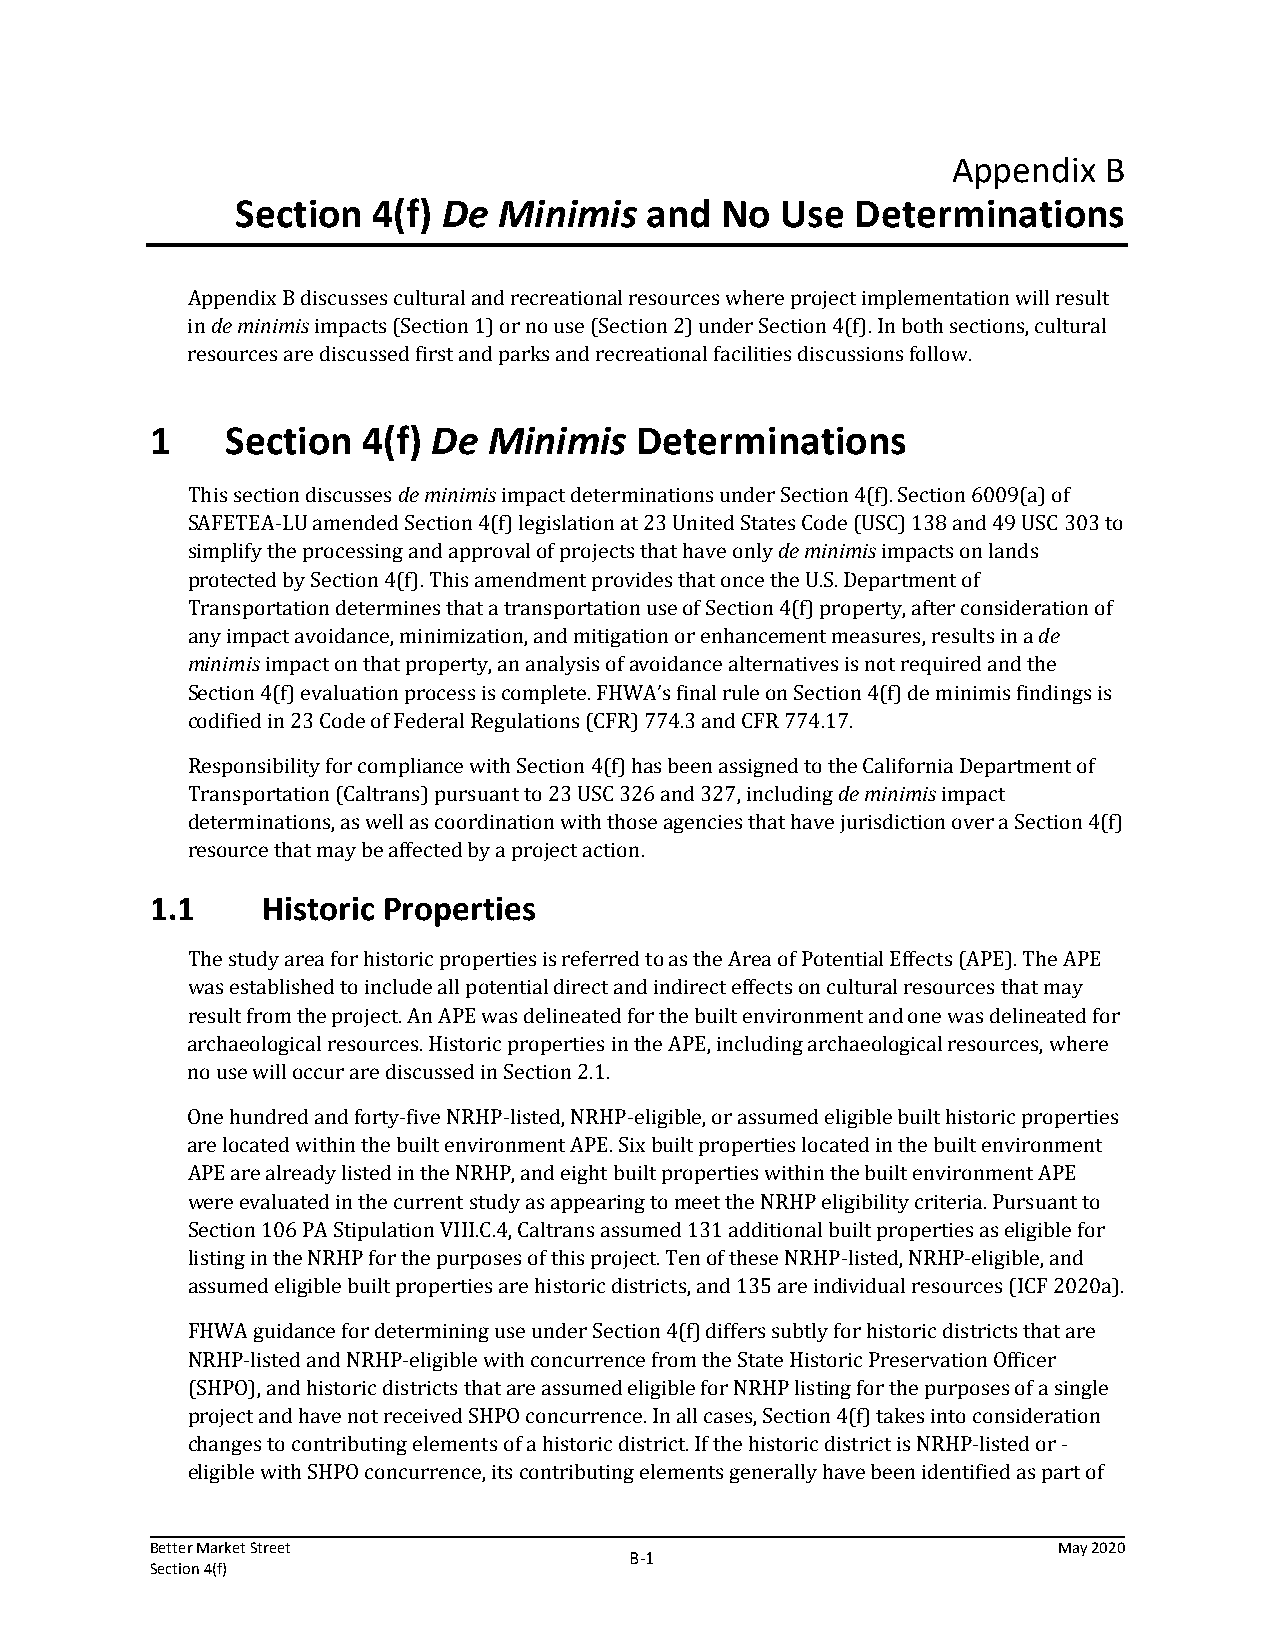
Appendix  B
 Section  4(f) De Minimis   and  No  Use  Determinations
 Appendix B discusses cultural and recreational resources where project implementation will result
 in de minimis impacts (Section 1) or no use (Section 2) under Section 4(f). In both sections, cultural
 resources are discussed first and parks and recreational facilities discussions follow.
 1    Section  4(f) De Minimis   Determinations
 This section discusses de minimis impact determinations under Section 4(f). Section 6009(a) of
 SAFETEA-LU amended Section 4(f) legislation at 23 United States Code (USC) 138 and 49 USC 303 to
 simplify the processing and approval of projects that have only de minimis impacts on lands
 protected by Section 4(f). This amendment provides that once the U.S. Department of
 Transportation determines that a transportation use of Section 4(f) property, after consideration of
 any impact avoidance, minimization, and mitigation or enhancement measures, results in a de
 minimis impact on that property, an analysis of avoidance alternatives is not required and the
 Section 4(f) evaluation process is complete. FHWA’s final rule on Section 4(f) de minimis findings is
 codified in 23 Code of Federal Regulations (CFR) 774.3 and CFR 774.17.
 Responsibility for compliance with Section 4(f) has been assigned to the California Department of
 Transportation (Caltrans) pursuant to 23 USC 326 and 327, including de minimis impact
 determinations, as well as coordination with those agencies that have jurisdiction over a Section 4(f)
 resource that may be affected by a project action.
 1.1    Historic Properties
 The study area for historic properties is referred to as the Area of Potential Effects (APE). The APE
 was established to include all potential direct and indirect effects on cultural resources that may
 result from the project. An APE was delineated for the built environment and one was delineated for
 archaeological resources. Historic properties in the APE, including archaeological resources, where
 no use will occur are discussed in Section 2.1.
 One hundred and forty-five NRHP-listed, NRHP-eligible, or assumed eligible built historic properties
 are located within the built environment APE. Six built properties located in the built environment
 APE are already listed in the NRHP, and eight built properties within the built environment APE
 were evaluated in the current study as appearing to meet the NRHP eligibility criteria. Pursuant to
 Section 106 PA Stipulation VIII.C.4, Caltrans assumed 131 additional built properties as eligible for
 listing in the NRHP for the purposes of this project. Ten of these NRHP-listed, NRHP-eligible, and
 assumed eligible built properties are historic districts, and 135 are individual resources (ICF 2020a).
 FHWA guidance for determining use under Section 4(f) differs subtly for historic districts that are
 NRHP-listed and NRHP-eligible with concurrence from the State Historic Preservation Officer
 (SHPO), and historic districts that are assumed eligible for NRHP listing for the purposes of a single
 project and have not received SHPO concurrence. In all cases, Section 4(f) takes into consideration
 changes to contributing elements of a historic district. If the historic district is NRHP-listed or -
 eligible with SHPO concurrence, its contributing elements generally have been identified as part of
 Better Market Street                                        May 2020
 B‐1
 Section 4(f)